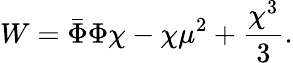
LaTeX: W=\bar{\Phi}\Phi\chi-\chi\mu^{2}+{\frac{\chi^{3}}{3}}.